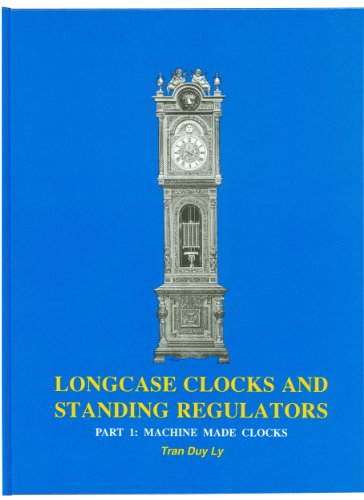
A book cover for Longcase Clocks and Standing Regulators, Part 1: Machine Made Clocks; Tran Duy Ly; Crafts, Hobbies & Home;